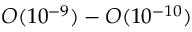
{ \cal O } ( 1 0 ^ { - 9 } ) - { \cal O } ( 1 0 ^ { - 1 0 } )